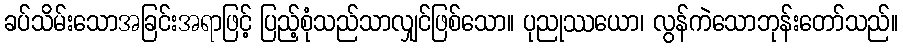
ခပ်သိမ်းသောအခြင်းအရာဖြင့် ပြည့်စုံသည်သာလျှင်ဖြစ်သော။ ပုညုဿယော၊ လွန်ကဲသောဘုန်းတော်သည်။